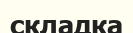
складка